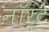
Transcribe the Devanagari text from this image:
नॉर्टे